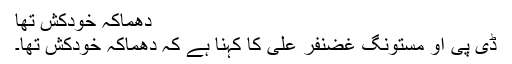
دھماکہ خودکش تھا
ڈی پی او مستونگ غضنفر علی کا کہنا ہے کہ دھماکہ خودکش تھا۔